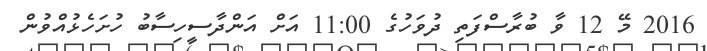
2016 މޭ 12 ވާ ބުރާސްފަތި ދުވަހުގެ 11:00 އަށް އަންދާސީހިސާބު ހުށަހެޅުއްވުން